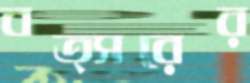
বত্সরের